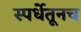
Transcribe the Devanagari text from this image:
स्पर्धेतूनच